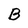
Character: B